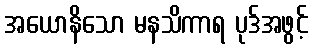
အယောနိသော မနသိကာရ ပုဒ်အဖွင့်